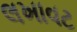
લખાવટ